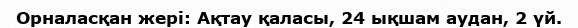
Орналасқан жері: Ақтау қаласы, 24 ықшам аудан, 2 үй.